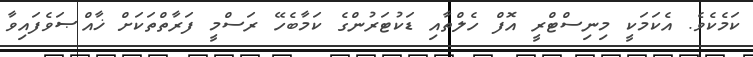
ކަމެކެވެ. އެކަމަކީ މިނިސްޓްރީ އޮފް ހެލްތާއި ޑަކުޓަރުންގެ ކަމާބެހޭ ރަސްމީ ފަރާތްތަކަށް ޚާއްޞަވެފައިވާ